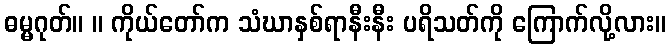
ဓမ္မဂုတ်။ ။ ကိုယ်တော်က သံဃာနှစ်ရာနီးနီး ပရိသတ်ကို ကြောက်လို့လား။